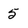
Character: 5